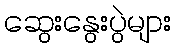
ဆွေးနွေးပွဲများ